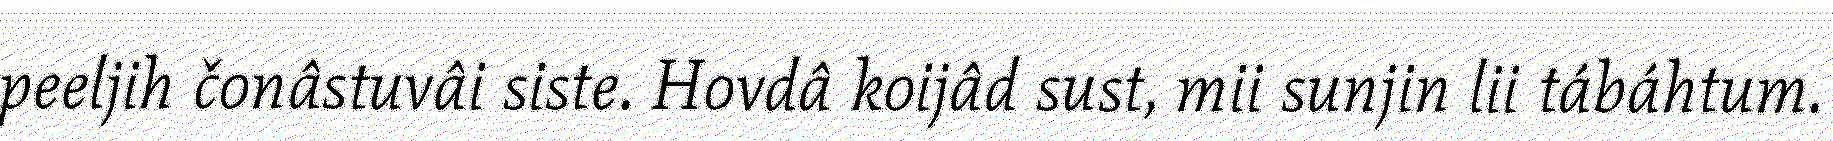
peeljih čonâstuvâi siste. Hovdâ koijâd sust, mii sunjin lii tábáhtum.